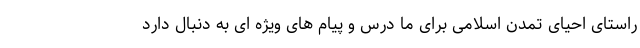
راستای احیای تمدن اسلامی برای ما درس و پیام های ویژه ای به دنبال دارد